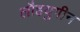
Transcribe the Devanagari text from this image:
लौहयुगीन